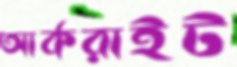
আর্করাইট